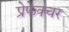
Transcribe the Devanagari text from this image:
प्रेफेक्चर